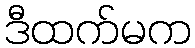
ဒီထက်မက